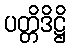
ပတ္တိဒိဋ္ဌိ